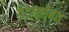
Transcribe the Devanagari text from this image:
डेटासोबत